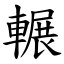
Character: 輾